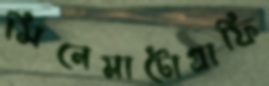
সিনেমাটোগ্রাফি